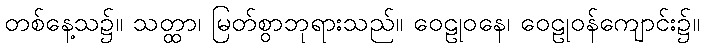
တစ်နေ့သ၌။ သတ္ထာ၊ မြတ်စွာဘုရားသည်။ ဝေဠုဝနေ၊ ဝေဠုဝန်ကျောင်း၌။